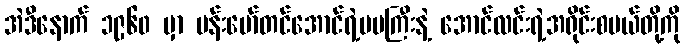
အဲဒီနောက် ၁၉၆၀ မှာ ဗန်းမော်တင်အောင်ရဲ့မမကြီးနဲ့ အောင်လင်းရဲ့အရိုင်းစပယ်တို့ကို